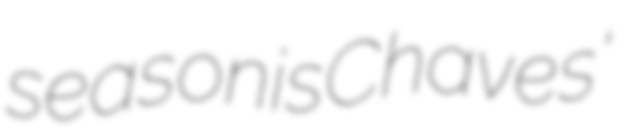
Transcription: season is Chaves'